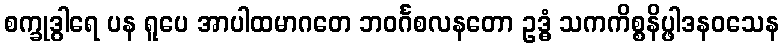
စက္ခုဒွါရေ ပန ရူပေ အာပါထမာဂတေ ဘဝင်္ဂစလနတော ဥဒ္ဓံ သကကိစ္စနိပ္ဖါဒနဝသေန